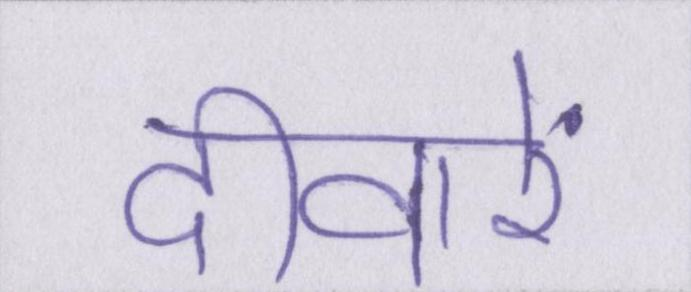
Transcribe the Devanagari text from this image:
दीवारें